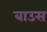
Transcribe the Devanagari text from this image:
बाउस